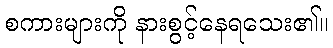
စကားများကို နားစွင့်နေရသေး၏။